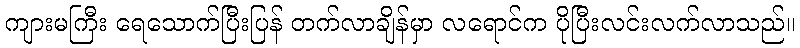
ကျားမကြီး ရေသောက်ပြီးပြန် တက်လာချိန်မှာ လရောင်က ပိုပြီးလင်းလက်လာသည်။